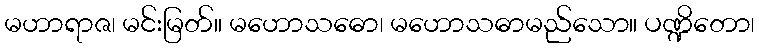
မဟာရာဇ၊ မင်းမြတ်။ မဟောသဓော၊ မဟောသဓာမည်သော။ ပဏ္ဍိတော၊